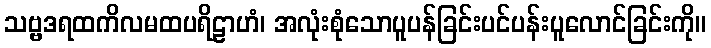
သဗ္ဗဒရထကိလမထပရိဠာဟံ၊ အလုံးစုံသောပူပန်ခြင်းပင်ပန်းပူလောင်ခြင်းကို။